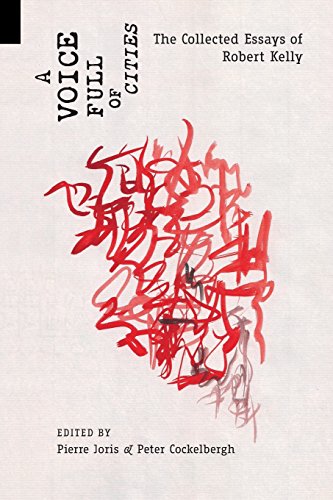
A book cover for A Voice Full of Cities: The Collected Essays of Robert Kelly; Robert Kelly; Literature & Fiction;